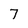
Character: 7